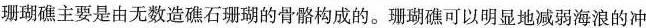
珊瑚礁主要是由无数造礁石珊瑚的骨骼构成的。珊瑚礁可以明显地减弱海浪的冲